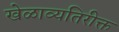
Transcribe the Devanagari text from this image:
खेळाव्यतिरीक्त